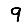
Digit: 9